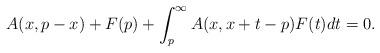
LaTeX: \begin{align*}A(x, p-x) + F(p) + \int_p^\infty A(x, x + t - p)F(t)dt = 0.\end{align*}